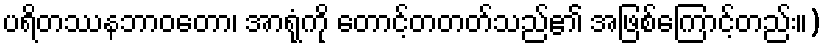
ပရိတဿနဘာဝတော၊ အာရုံကို တောင့်တတတ်သည်၏ အဖြစ်ကြောင့်တည်း။)